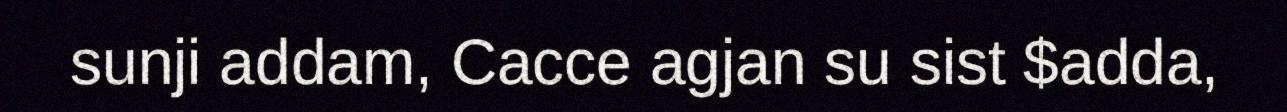
sunji addam, Cacce agjan su sist $adda,